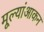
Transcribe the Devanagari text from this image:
मूल्यांआकन